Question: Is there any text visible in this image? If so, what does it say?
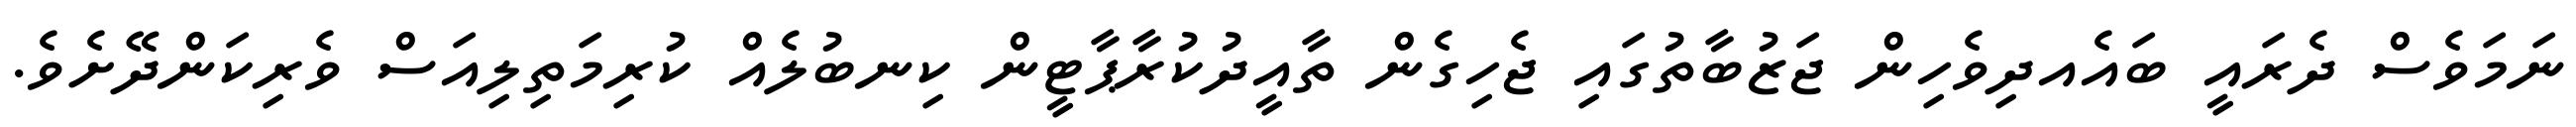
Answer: ނަމަވެސް ދެރައީ ބައެއދިވެހިން ޖަޒުބާތުގައި ޖެހިގެން ތާއީދުކުރާޕާޓީން ކިނބުލެއް ކުރިމަތިލިއަސް ވެރިކަންދޭށެވެ.